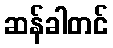
ဆန်ခါတင်